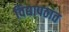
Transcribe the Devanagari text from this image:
विद्यापठात